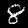
Digit: 8